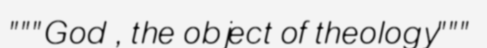
"""God , the object of theology"""